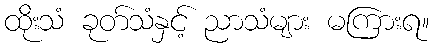
ထိုးသံ ခုတ်သံနှင့် ညာသံများ မကြားရ။